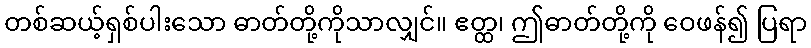
တစ်ဆယ့်ရှစ်ပါးသော ဓာတ်တို့ကိုသာလျှင်။ ဧတ္ထ၊ ဤဓာတ်တို့ကို ဝေဖန်၍ ပြရာ